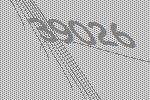
39026